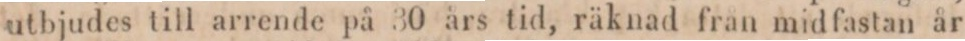
utbjudes till arrende på 30 års tid, räknad fran midfastan år